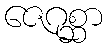
ဇေဂုစ္ဆာ